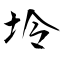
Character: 坽